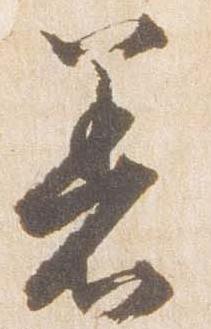
着